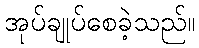
အုပ်ချုပ်စေခဲ့သည်။